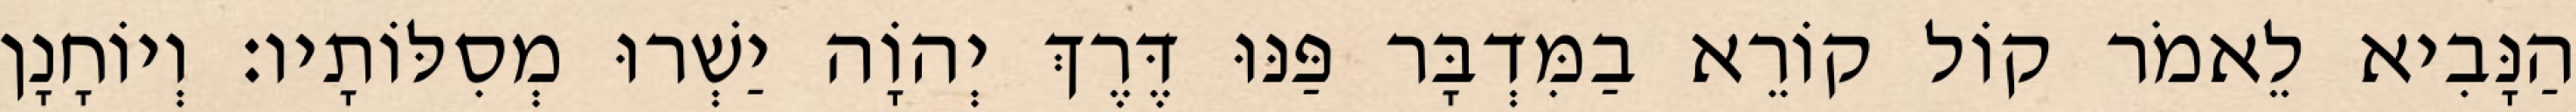
הַנָּבִיא לֵאמֹר קוֹל קוֹרֵא בַמִּדְבָּר פַּנּוּ דֶּרֶךְ יְהוָֹה יַשְׁרוּ מְסִלּוֹתָיו׃ וְיוֹחָנָן